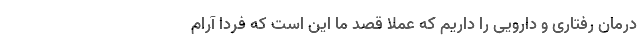
درمان رفتاری و دارویی را داریم که عملاً قصد ما این است که فردا آرام